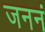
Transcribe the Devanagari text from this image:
जननं